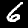
Label: 6